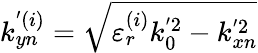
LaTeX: k_{yn}^{'(i)}=\sqrt{\varepsilon_{r}^{(i)}k_{0}^{'2}-k_{xn}^{'2}}